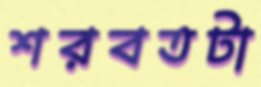
শরবতটা